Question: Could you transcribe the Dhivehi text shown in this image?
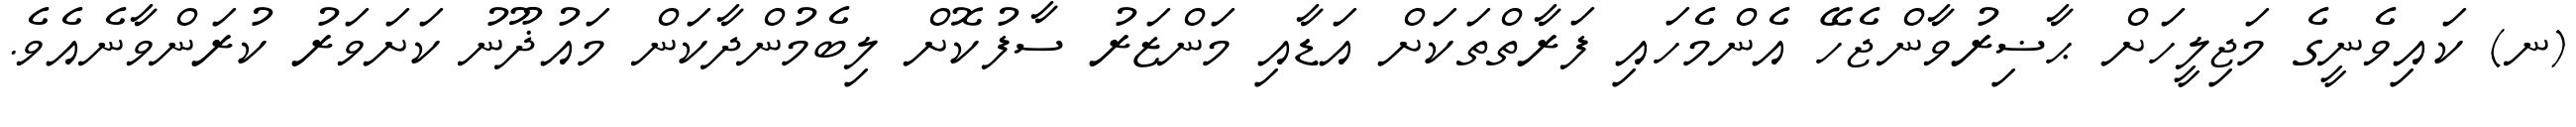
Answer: (ނ) ކައިވެނީގެ މަޖިލީހަށް ޙާޟިރުވާންޖެހޭ އެންމެހައި ފަރާތްތަކަށް އަޑާއި މަންޒަރު ސާފުކޮށް ލިބެމުންދާކަން މައުޛޫނު ކަށަވަރު ކުރަންވާނެއެވެ.